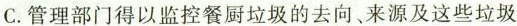
C.管理部门得以监控餐厨垃圾的去向、来源及这些垃圾